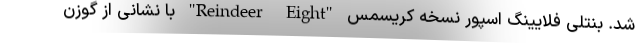
شد. بنتلی فلایینگ اسپور نسخه کریسمس "Reindeer Eight" با نشانی از گوزن